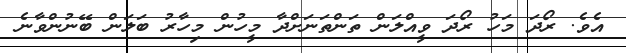
އެވެ. ރޯދަ މަހު ރޯދަ ވީއްލަން ތަންތަނަށްދާ މީހުން މިހާރު ބަލަން ބޭނުންވާނެ